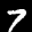
Label: 7